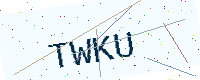
Text: TWKU